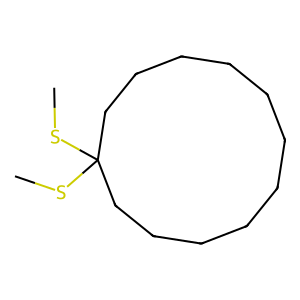
SMILES: CSC1(SC)CCCCCCCCCCC1
Inhibits HIV replication: No